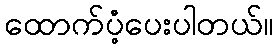
ထောက်ပံံ့ပေးပါတယ်။